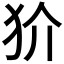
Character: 𭷼